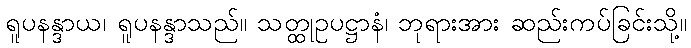
ရူပနန္ဒာယ၊ ရူပနန္ဒာသည်။ သတ္ထုဥပဋ္ဌာနံ၊ ဘုရားအား ဆည်းကပ်ခြင်းသို့။